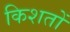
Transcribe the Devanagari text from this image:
किशतों